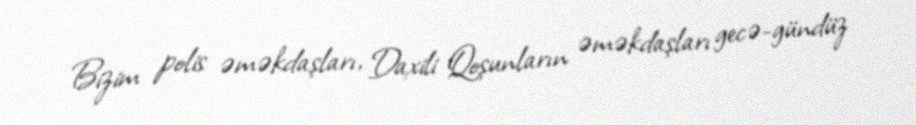
Bizim polis əməkdaşları, Daxili Qoşunların əməkdaşları gecə-gündüz